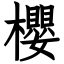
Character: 櫻